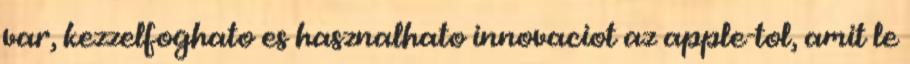
var, kezzelfoghato es hasznalhato innovaciot az apple-tol, amit le